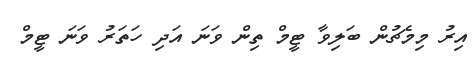
އިރު މިމެޗުން ބަލިވާ ޓީމް ތިން ވަނަ އަދި ހަތަރު ވަނަ ޓީމް